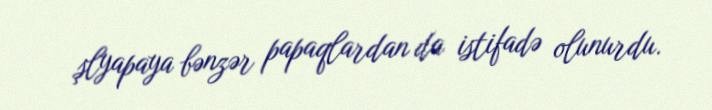
şlyapaya bənzər papaqlardan da istifadə olunurdu.